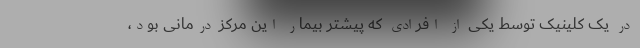
در یک کلینیک توسط یکی از افرادی که پیشتر بیمار این مرکز درمانی بود،